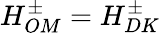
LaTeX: H_{OM}^{\pm}=H_{DK}^{\pm}